画像に写った文字を読んでください
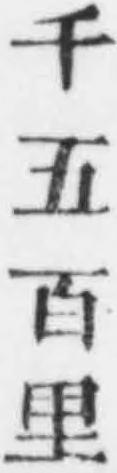
「千五百里」と書いてあります